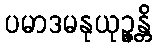
ပမာဒမနုယုဉ္ဇန္တိ